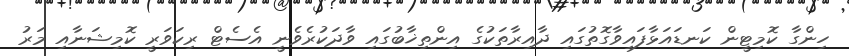
ހިންގާ ކޮމިޓީން ކަނޑައަޅާފައިވާގޮތުގައި ދާއިރާތަކުގެ އިންތިޚާބުގައި ވާދަކުރެވެނީ އެސެޓް ރިކަވަރީ ކޮމިޝަނާއި މަރު